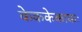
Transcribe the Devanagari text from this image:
केककेकाकः